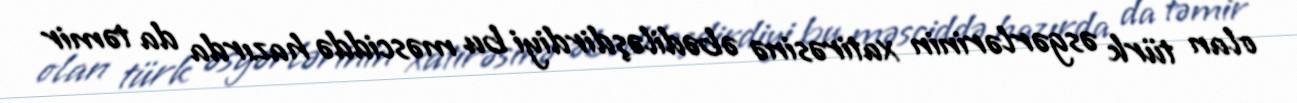
olan türk əsgərlərinin xatirəsinə əbədiləşdirdiyi bu məsciddə hazırda da təmir